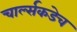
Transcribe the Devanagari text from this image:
चार्ल्सकडेच